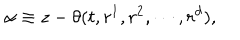
LaTeX: \alpha \equiv z - \theta ( t , r ^ { 1 } , r ^ { 2 } , \cdots , r ^ { d } ) ,